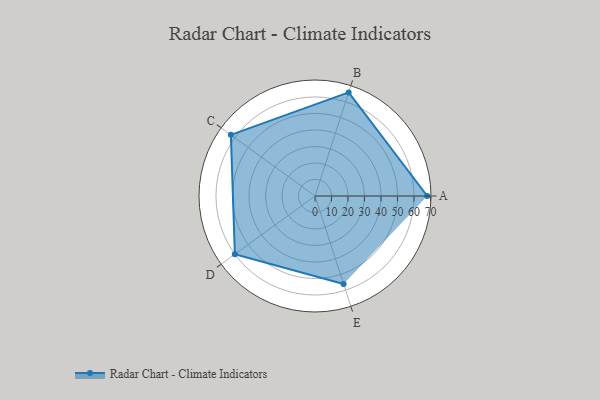
{"axis": {"x": "Skill", "y": "Score"}, "legend": ["Profile"], "data": [{"x": "A", "y": 68.0, "type": "Profile"}, {"x": "B", "y": 66.0, "type": "Profile"}, {"x": "C", "y": 63.0, "type": "Profile"}, {"x": "D", "y": 60.0, "type": "Profile"}, {"x": "E", "y": 56.0, "type": "Profile"}]}